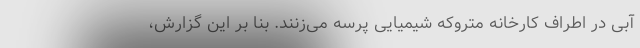
آبی در اطراف کارخانه متروکه شیمیایی پرسه می‌زنند. بنا بر این گزارش،